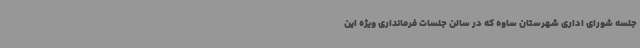
جلسه شورای اداری شهرستان ساوه که در سالن جلسات فرمانداری ویژه این